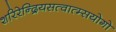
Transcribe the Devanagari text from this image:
शरिरेन्द्रियसत्वात्म्सयोगो